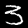
Digit: 3